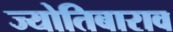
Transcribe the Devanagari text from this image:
ज्योतिबाराव